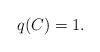
LaTeX: \begin{align*}q(C) = 1.\end{align*}